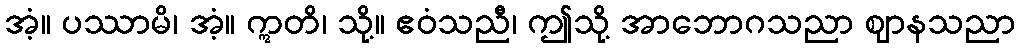
အံ့။ ပဿာမိ၊ အံ့။ ဣတိ၊ သို့။ ဧဝံသညီ၊ ဤသို့ အာဘောဂသညာ ဈာနသညာ